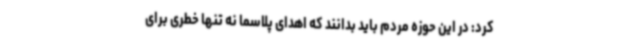
کرد: در این حوزه مردم باید بدانند که اهدای پلاسما نه تنها خطری برای